Civil Veterinary Department Bihar & Orissa reports 1929-36 - 1929-1936
Year: 1929
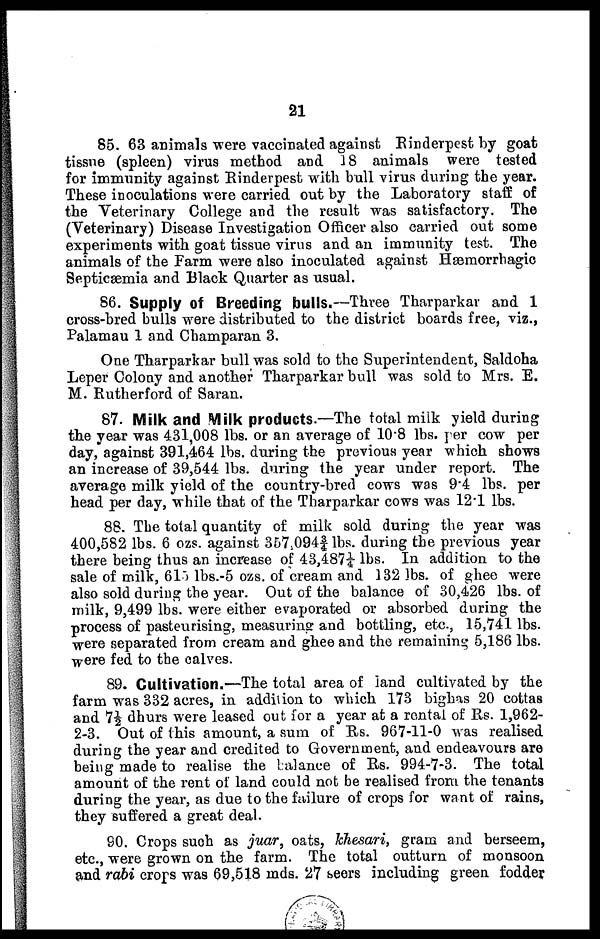
21
85. 63 animals were vaccinated against Rinderpest by goat
tissue (spleen) virus method and 18 animals were tested
for immunity against Rinderpest with bull virus during the year.
These inoculations were carried out by the Laboratory staff of
the Veterinary College and the result was satisfactory. The
(Veterinary) Disease Investigation Officer also carried out some
experiments with goat tissue virus and an immunity test. The
animals of the Farm were also inoculated against Hæmorrhagic
Septicæmia and Black Quarter as usual.
86. Supply of Breeding bulls.—Three Tharparkar and 1
cross-bred bulls were distributed to the district boards free, viz.,
Palamau 1 and Champaran 3.
One Tharparkar bull was sold to the Superintendent, Saldoha
Leper Colony and another Tharparkar bull was sold to Mrs. E.
M. Rutherford of Saran.
87. Milk and Milk products.—The total milk yield during
the year was 431,008 lbs. or an average of 10.8 lbs. per cow per
day, against 391,464 lbs. during the previous year which shows
an increase of 39,544 lbs. during the year under report. The
average milk yield of the country-bred cows was 94 lbs. per
head per day, while that of the Tharparkar cows was 12.1 lbs.
88. The total quantity of milk sold during the year was
400,582 lbs. 6 ozs. against 367,094¾ lbs. during the previous year
there being thus an increase of 43,487¼ lbs. In addition to the
sale of milk, 615 lbs.-5 ozs. of cream and 132 lbs. of ghee were
also sold during the year. Out of the balance of 30,426 lbs. of
milk, 9,499 lbs. were either evaporated or absorbed during the
process of pasteurising, measuring and bottling, etc., 15,741 lbs.
were separated from cream and ghee and the remaining 5,186 lbs.
were fed to the calves.
89. Cultivation.—The total area of land cultivated by the
farm was 332 acres, in addition to which 173 bights 20 cottas
and 7½ dhurs were leased out for a year at a rental of Rs. 1,962-
2-3. Out of this amount, a sum of Rs. 967-11-0 was realised
during the year and credited to Government, and endeavours are
being made to realise the balance of Rs. 994-7-3. The total
amount of the rent of land could not be realised from the tenants
during the year, as due to the failure of crops for want of rains,
they suffered a great deal.
SO. Crops such as juar, oats, khesari, gram and berseem,
etc., were grown on the farm. The total outturn of monsoon
and rdbi crops was 69,518 inds. 27 seers including green fodder